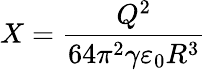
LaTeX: X=\frac{Q^{2}}{64\pi^{2}\gamma\varepsilon_{0}R^{3}}